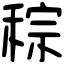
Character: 𥟡